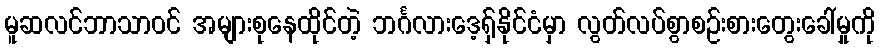
မူဆလင်ဘာသာဝင် အများစုနေထိုင်တဲ့ ဘင်္ဂလားဒေ့ရှ်နိုင်ငံမှာ လွတ်လပ်စွာစဉ်းစားတွေးခေါ်မှုကို